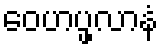
ဝေဟပ္ဖလာနံ